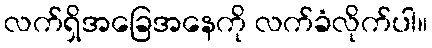
လက်ရှိအခြေအနေကို လက်ခံလိုက်ပါ။